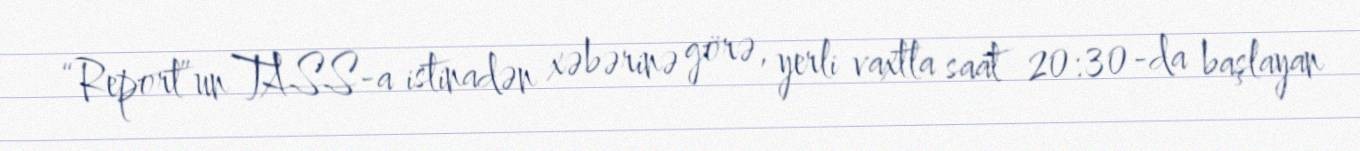
“Report”un TASS-a istinadən xəbərinə görə, yerli vaxtla saat 20:30-da başlayan